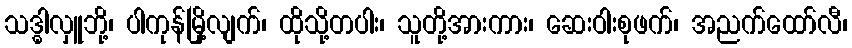
သဒ္ဓါလှူဘို့၊ ပါကုန်မြို့လျက်၊ ထိုသို့တပါး၊ သူတို့အားကား၊ ဆေးဝါးစုဖက်၊ အညက်ထော်လီ၊